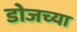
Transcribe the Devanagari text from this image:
डोजच्या